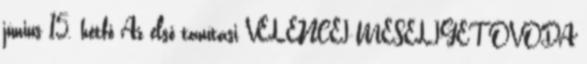
június 15. hétfő Az első tanítási VELENCEI MESELIGET ÓVODA